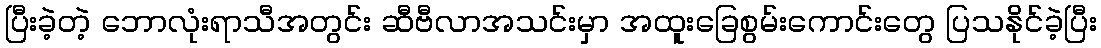
ပြီးခဲ့တဲ့ ဘောလုံးရာသီအတွင်း ဆီဗီလာအသင်းမှာ အထူးခြေစွမ်းကောင်းတွေ ပြသနိုင်ခဲ့ပြီး